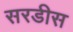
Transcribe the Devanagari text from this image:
सरडीस